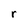
Character: r